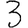
Digit: 3